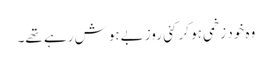
وہ خود زخمی ہو کر کئی روز بےہوش رہے تھے۔